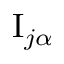
\mathrm { I } _ { j \alpha }